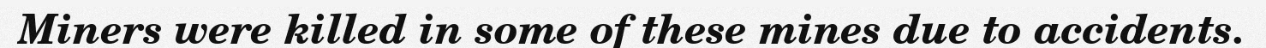
Miners were killed in some of these mines due to accidents.